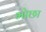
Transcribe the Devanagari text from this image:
भोछा